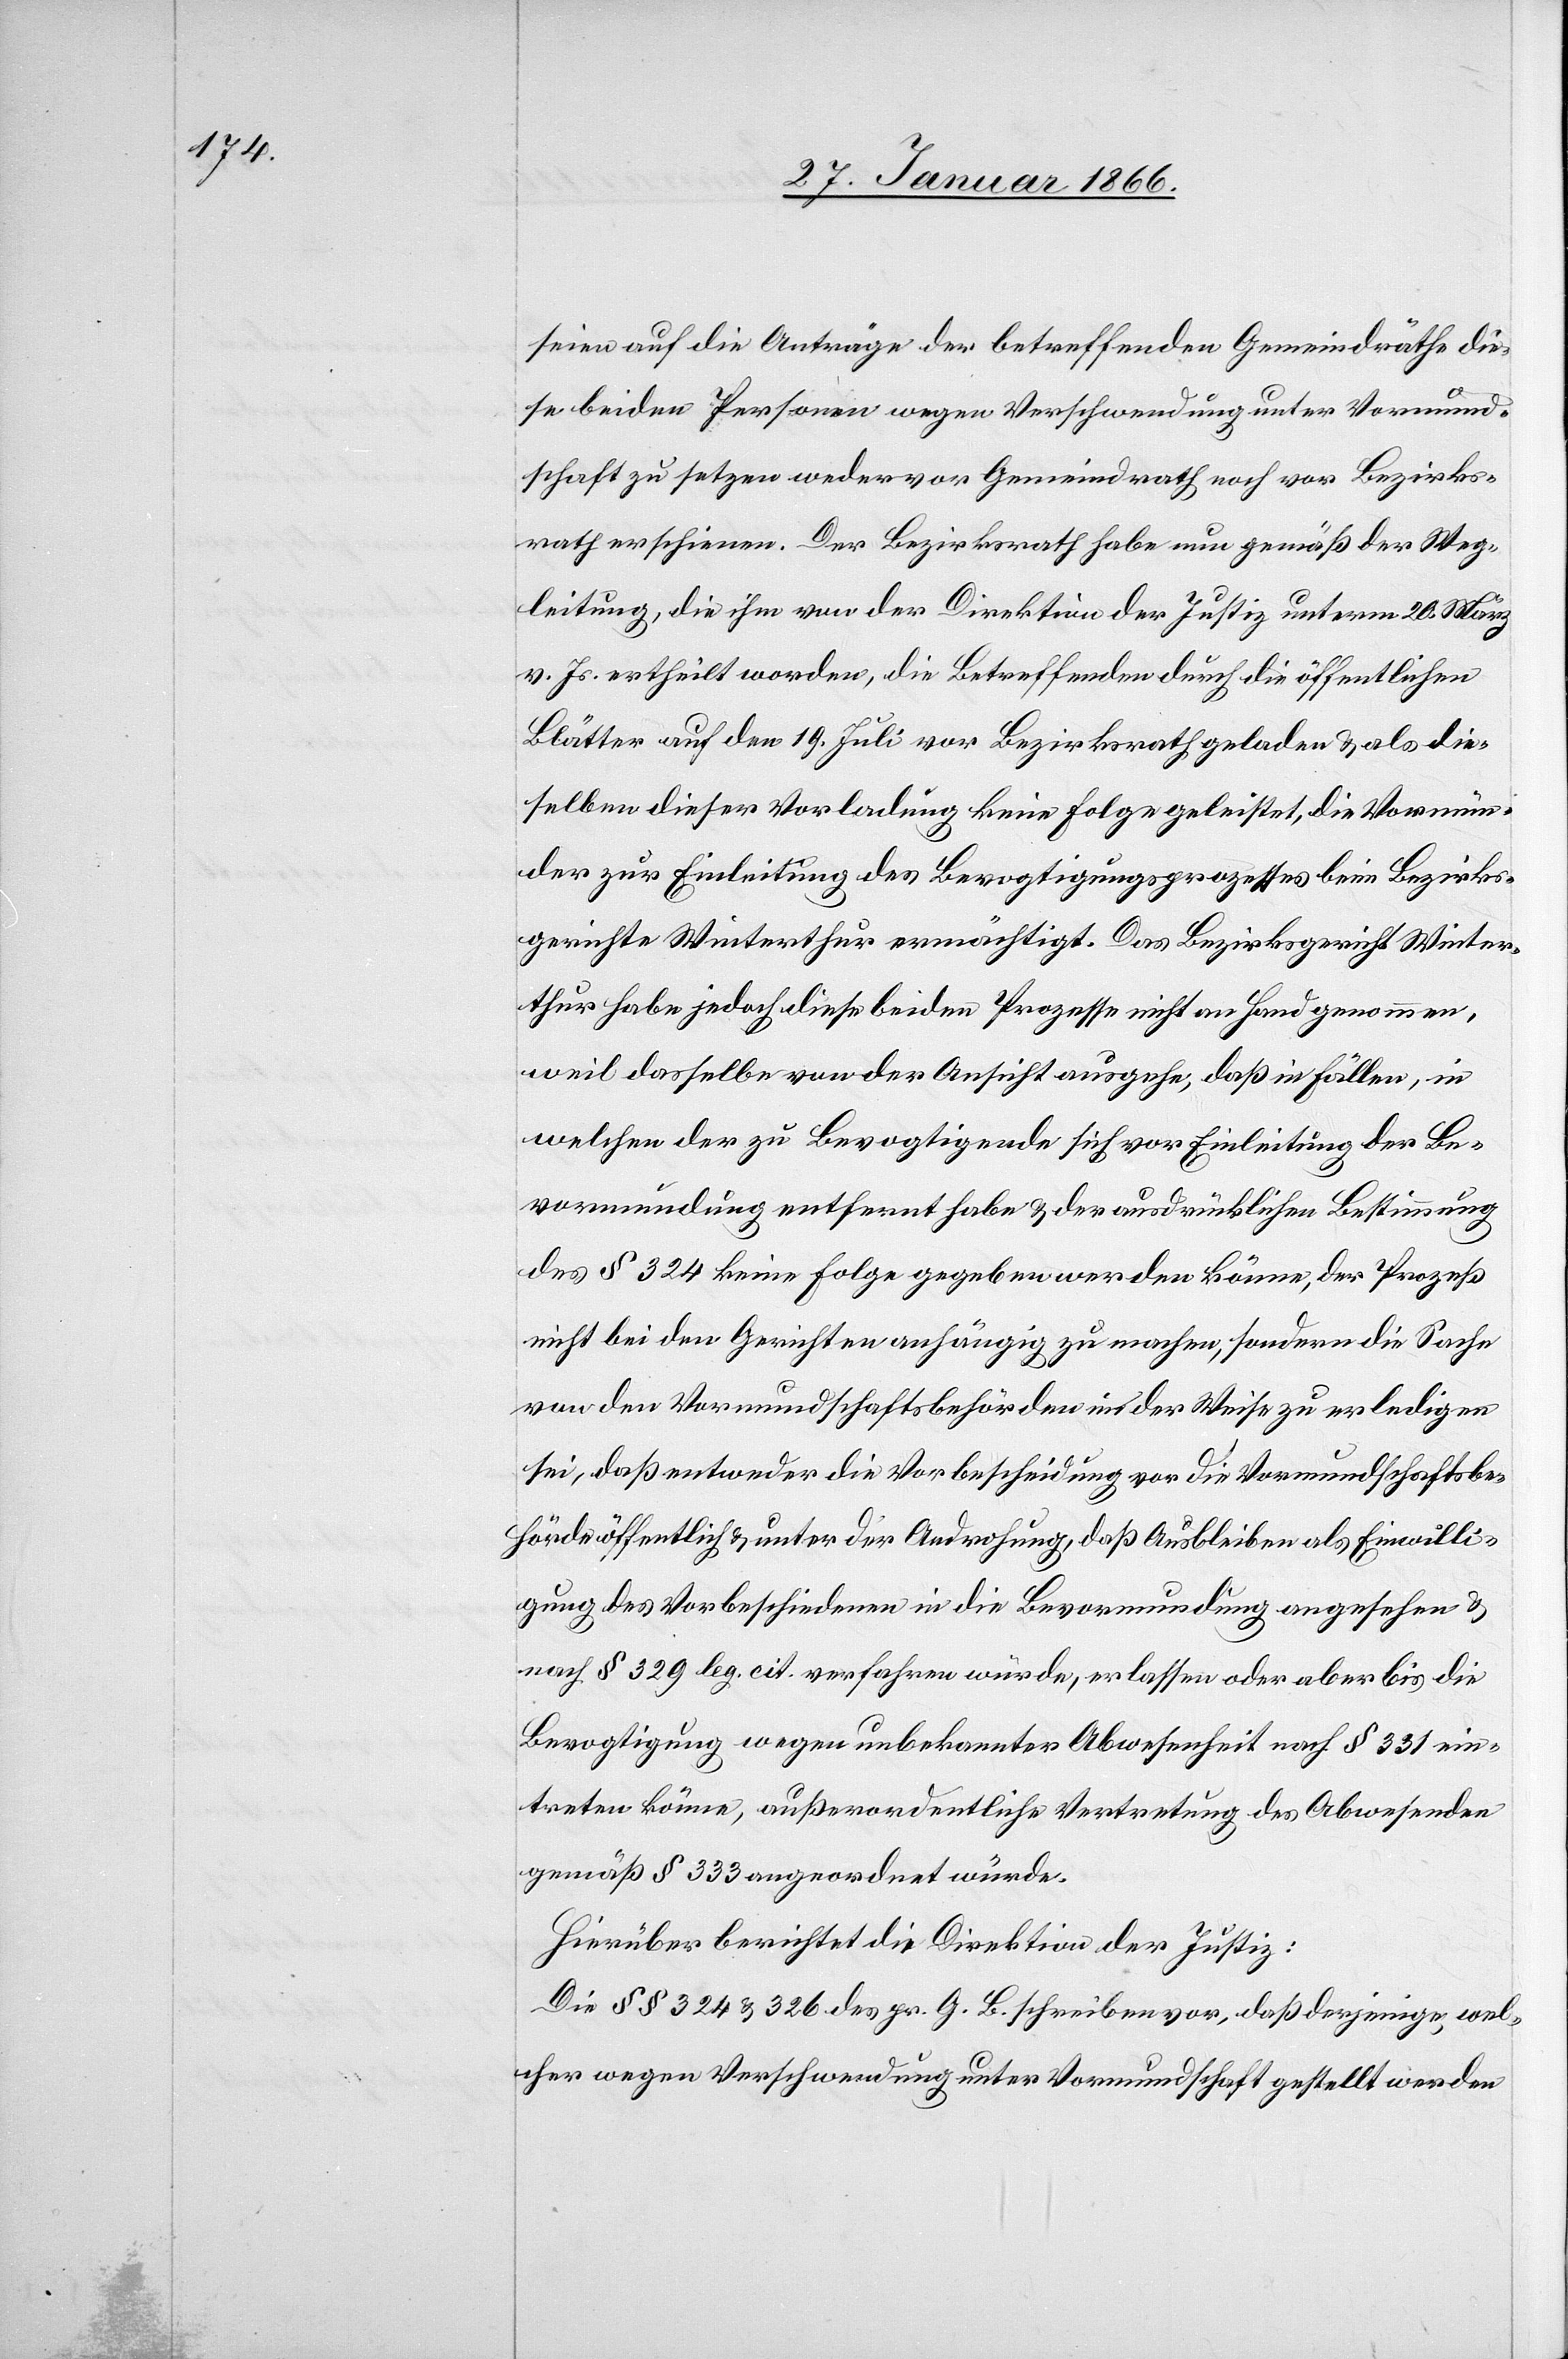
seien auf die Anträge der betreffenden Gemeindräthe die¬
se beiden Personen wegen Verschwendung unter Vormund¬
schaft zu setzen weder vor Gemeindrath noch vor Bezirks¬
rath erschienen. Der Bezirksrath habe nun gemäß der Weg¬
leitung, die ihm von der Direktion der Justiz unterm 20. März
v. Js. ertheilt worden, die Betreffenden durch die öffentlichen
Blätter auf den 19. Juli vor Bezirksrath geladen u. als die¬
selben dieser Vorladung keine Folge geleistet, die Vormün¬
der zur Einleitung des Bevogtigungsprozesses beim Bezirks¬
gerichte Winterthur ermächtigt. Das Bezirksgericht Winter¬
thur habe jedoch diese beiden Prozesse nicht an Hand genommen,
weil dasselbe von der Ansicht ausgehe, daß in Fällen, in
welchen der zu Bevogtigende sich vor Einleitung der Be¬
vormundung entfernt habe u. der ausdrücklichen Bestimmung
des § 324 keine Folge gegeben werden könne, der Prozeß
nicht bei den Gerichten anhängig zu machen, sondern die Sache
von den Vormundschaftsbehörden in der Weise zu erledigen
sei, daß entweder die Vorbescheidung vor die Vormundschaftsbe¬
hörde öffentlich u. unter der Androhung, daß Ausbleiben als Einwilli¬
gung des Vorbeschiedenen in die Bevormundung angesehen u.
nach § 329 leg. cit. verfahren würde, erlassen oder aber bis die
Bevogtigung wegen unbekannter Abwesenheit nach § 331 ein¬
treten könne, außerordentliche Vertretung des Abwesenden
gemäß § 333 angewendet würde.
Hierüber berichtet die Direktion der Justiz:
Die §§ 324 u. 326 des gr. G. B. schreiben vor, daß derjenige, wel¬
cher wegen Verschwendung unter Vormundschaft gestellt werden